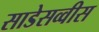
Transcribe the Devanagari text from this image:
साडेसव्वीस